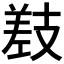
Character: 𫶰